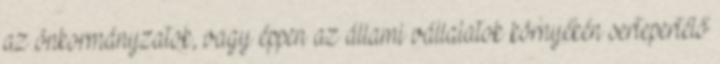
az önkormányzatok, vagy éppen az állami vállalatok környékén sertepertélő